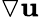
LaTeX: \triangledown\mathbf{u}